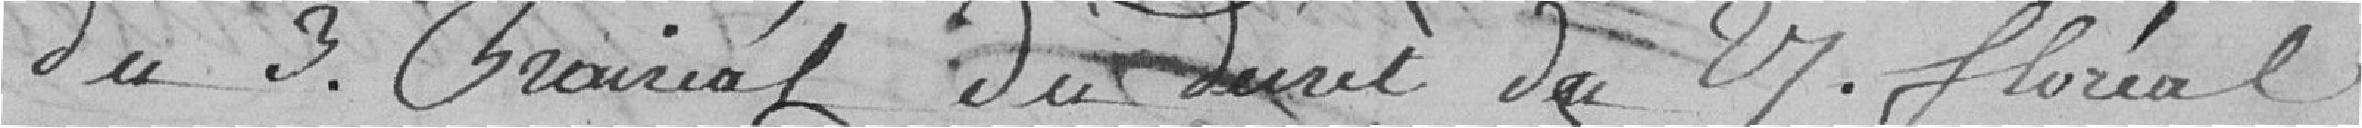
du 3 prairial du délai du 27 floréal